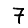
Digit: 7